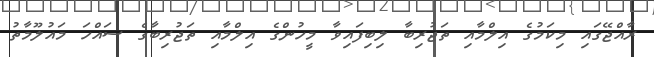
ރާއްޖޭގައި މިކަމުގެ އިލްމާއި ތަޖުރިބާ ލިބިފައިވާ މީހުންގެ އިލްމާއި ތަޖުރިބާގެ ސައްހަ މައުލޫމާތު